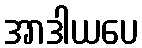
အာဒါယပေ